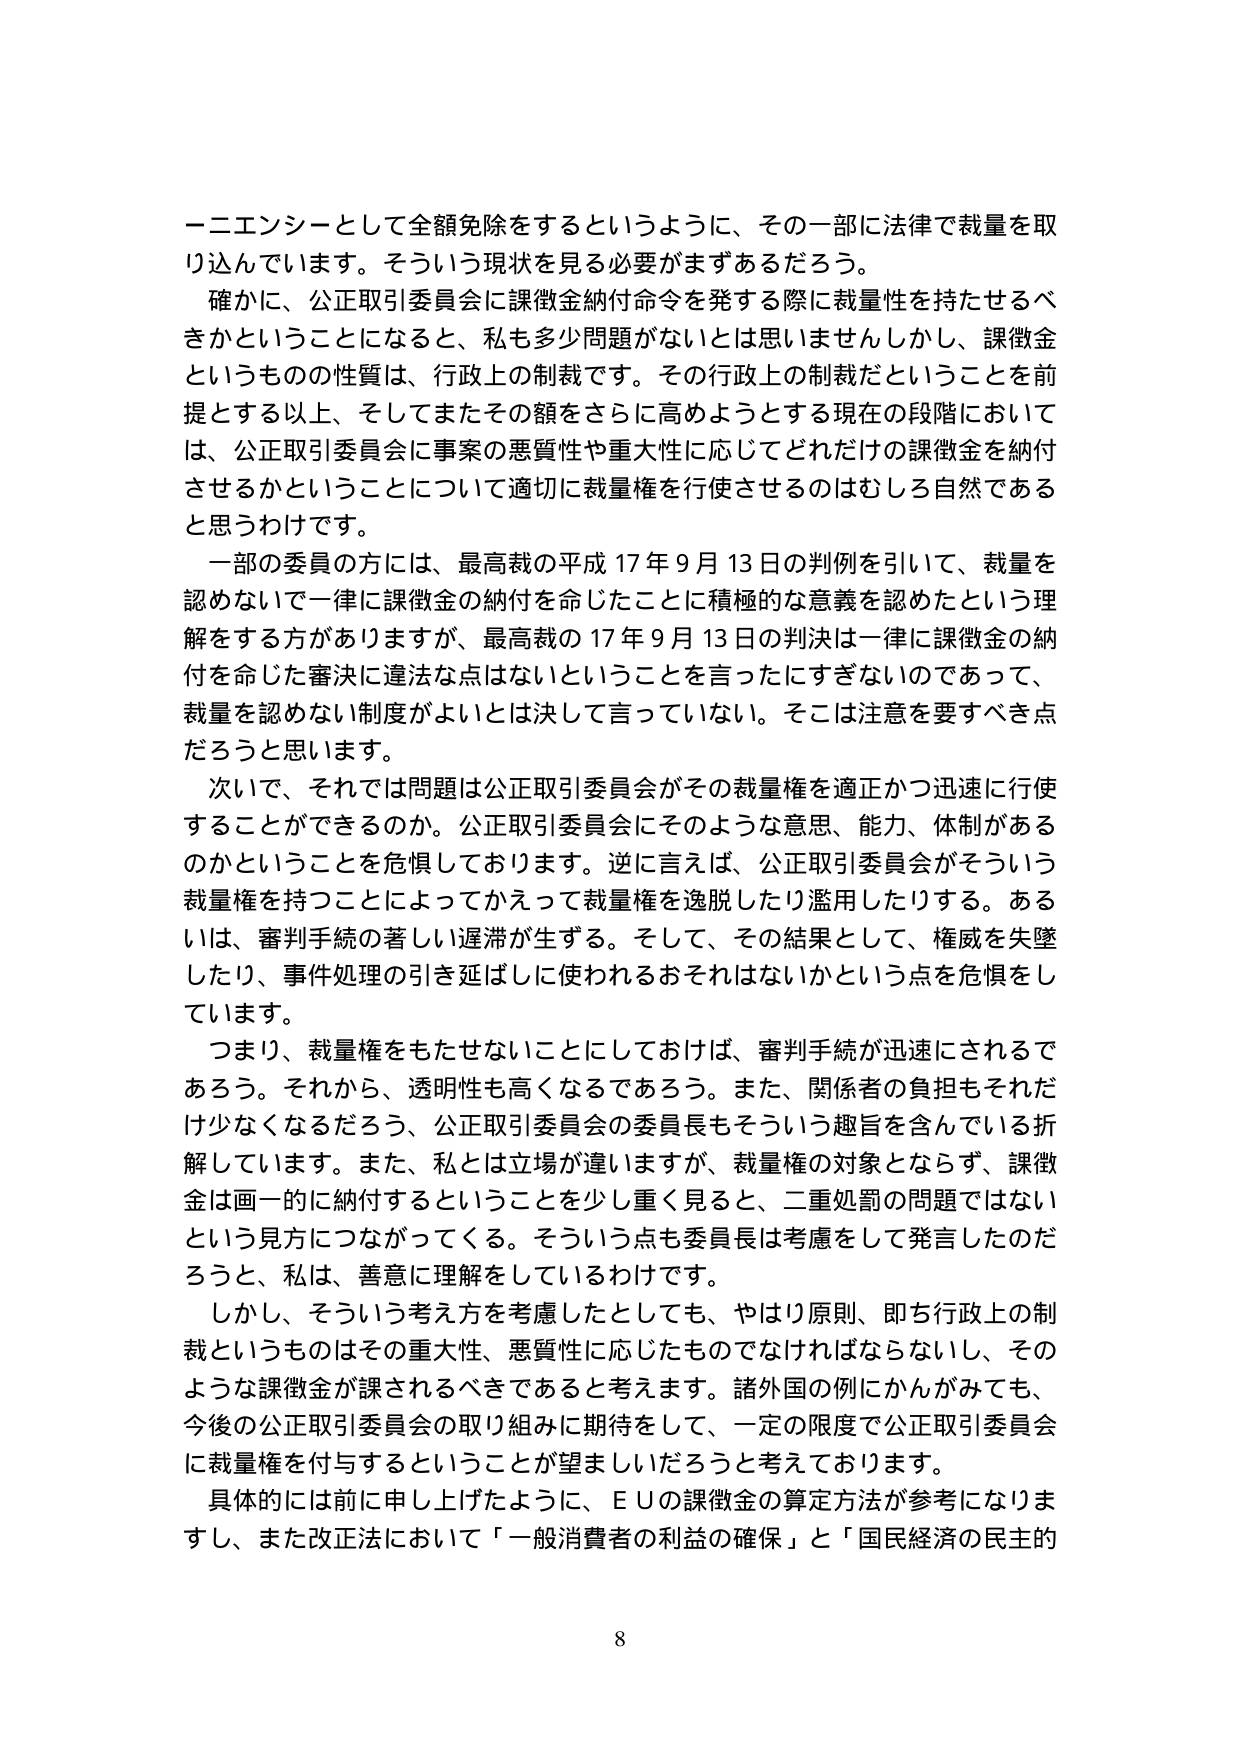
一二エンシーとして全額免除をするというように、その一部に法律で裁量を取り込んでいます。そういう現状を見る必要がまずあるだろう。

確かに、公正取引委員会に課徴金納付命令を発する際に裁量性を持たせるべきかということになると、私も多少問題がないとは思いませんし、課徴金というもの の性質は、行政上の制裁です。その行政上の制裁だということを前提とする以上、そしてまたその額をさらに高めようとする現在の段階においては、公正取引委員会に事案の悪質性や重大性に応じてどれだけの課徴金を納付させるかということについて適切に裁量権を行使させるのはむしろ自然であると思うわけです。

一部の委員の方には、最高裁の平成17年9月13日の判例を引いて、裁量を認めないで一律に課徴金の納付を命じたことに積極的な意義を認めたという理解をする方がありますが、最高裁の17年9月13日の判決は一律に課徴金の納付を命じた審決に違法な点はないということを言ったにすぎないのであって、裁量を認めない制度がよいとは決して言っていない。そこは注意を要すべき点だろうと思います。

次いで、それでは問題は公正取引委員会がその裁量権を適正かつ迅速に行使することができるのか。公正取引委員会にそのような意思、能力、体制があるのかということを危惧しております。逆に言えば、公正取引委員会がそういう裁量権を持つことによってかえって裁量権を逸脱したり濫用したりする。あるいは、審判手続の著しい遅滞が生ずる。そして、その結果として、権威を失墜したり、事件処理の引き延ばしに使われるおそれはないかという点を危惧しています。

つまり、裁量権をもたせないことにしておけば、審判手続が迅速にされるであろう。それから、透明性も高くなるであろう。また、関係者の負担もそれだけ少なくなるだろう、公正取引委員会の委員長もそういう趣旨を含んでいる折解しています。また、私とは立場が違いますが、裁量権の対象とならず、課徴金は画一的に納付するということを少し重く見ると、二重処罰の問題ではないという見方につながってくる。そういう点も委員長は考慮をして発言したのだろうと、私は、善意に理解をしているわけです。

しかし、そういう考え方を考慮したとしても、やはり原則、即ち行政上の制裁というものはその重大性、悪質性に応じたものでなければならないし、そのような課徴金が課されるべきであると考えます。諸外国の例にかんがみても、今後の公正取引委員会の取り組みに期待をして、一定の限度で公正取引委員会に裁量権を付与するということが望ましいだろうと考えております。

具体的には前に申し上げたように、ＥＵの課徴金の算定方法が参考になりますし、また改正法において「一般消費者の利益の確保」と「国民経済の民主的

8